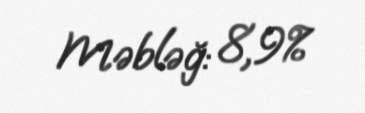
Məbləğ: 8,9%